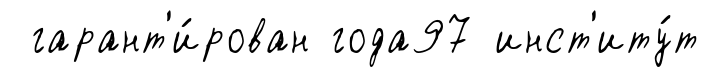
гарант'и́рован года97 инст'иту́т